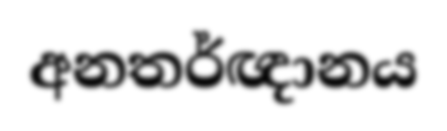
අනතර්ඥානය